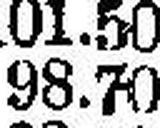
98.70